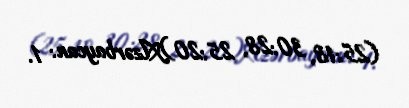
(25:18, 30:28, 25:20)Azərbaycan: 1.